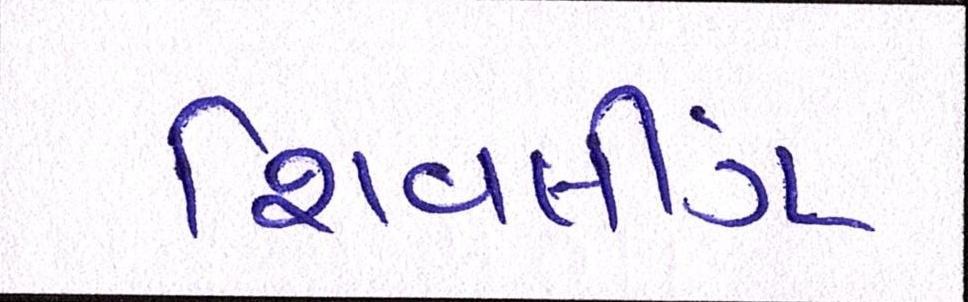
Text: શિવલીંગ